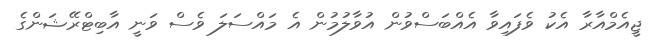
ޖީއެމްއާރާ އެކު ވެފައިވާ އެއްބަސްވުން އުވާލުމުން އެ މައްސަލަ ވެސް ވަނީ އާބިޓްރޭޝަންގެ